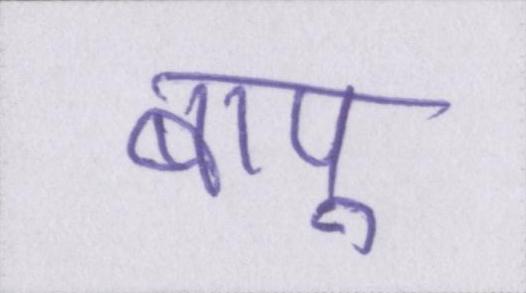
बापू